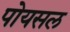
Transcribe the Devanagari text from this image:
पोयसल